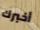
أخبرك